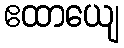
ဧထာယျေ